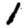
Digit: 1